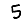
Digit: 5